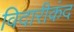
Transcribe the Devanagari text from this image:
विदारीकंद